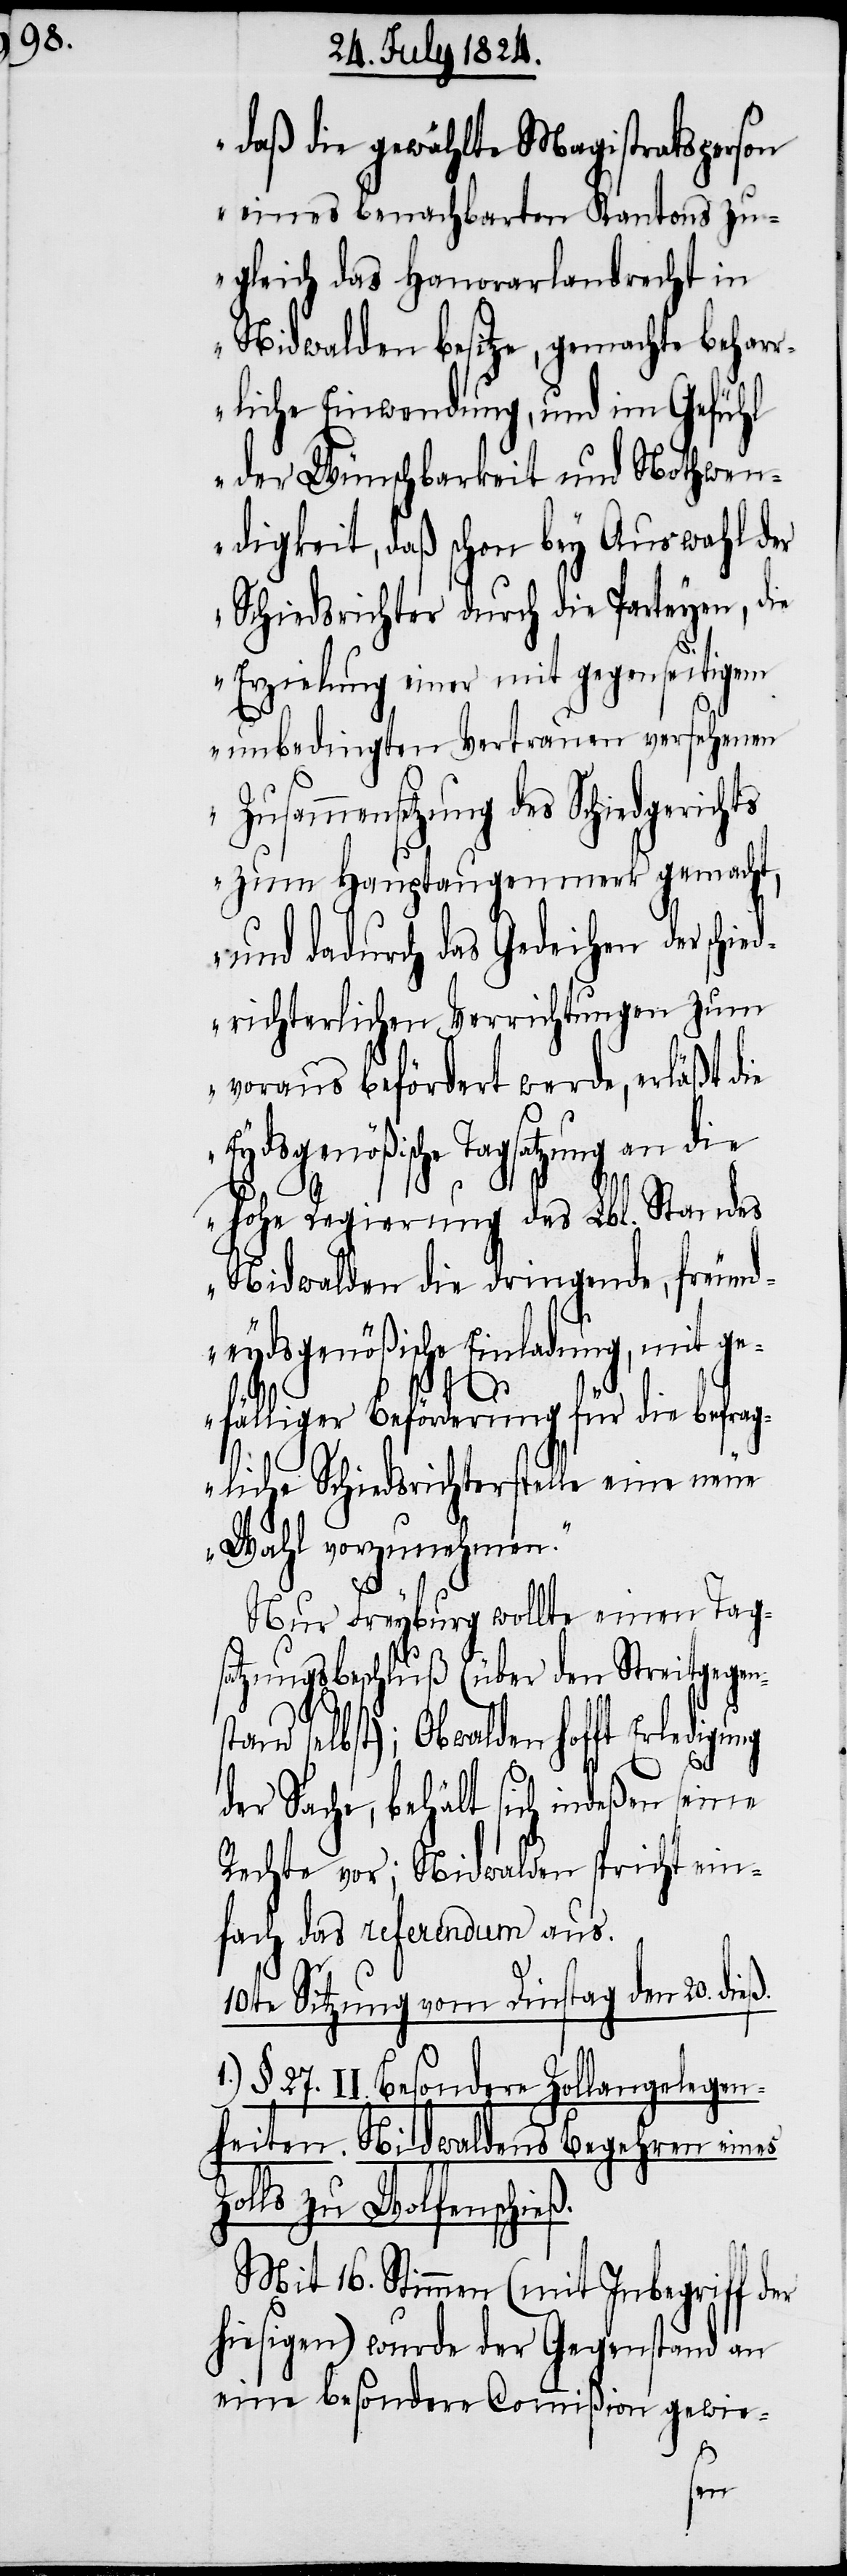
daß die gewählte Magistratsperson
eines benachbarten Kantons zu¬
gleich das Hanorarlandrecht in
Nidwalden besitze, gemachte behar¬
rliche Einwendung, und im Gefühl
der Wünschbarkeit und Nothwen¬
digkeit, daß schon bey Auswahl der
Schiedsrichter durch die Parteyen, die
Erzielung einer mit gegenseitigem
unbedingten Vertrauen versehenen
Zusammensetzung des Schiedsgerichts
zum Hauptaugenmerk gemacht,
und dadurch das Gedeihen der schie¬
drichterlichen Verrichtungen zum
voraus befördert werde, erläßt die
Eydsgenößische Tagsatzung an
hohe Regierung des Lbl. Standes
Nidwalden die dringende, freund¬
eydsgenößische Einladung, mit ge¬
fälliger Beförderung für die befrag¬
liche Schiedsrichterstelle eine neue
Wahl vorzunehmen.“
Nur Freyburg wollte einen Tags¬
atzungsbeschluß (über den Streitgegen¬
selbst); Obwalden hofft Erledigung
1.)
der Sache, behält sich indeßen seine
Rechte vor; Nidwalden spricht ein¬
fach das referendum aus.
10te Sitzung vom Dienstag dem 20. di¬
§. 27. II Besondere Zollangelegen¬
heiten: Nidwaldens Begehren eines
Zolls zu Wolfenschieß.
Mit 16. Stimmen (mit Inbegriff der
hiesigen) wurde der Gegenstand an
eine besondere Commißion gewie-
stand